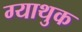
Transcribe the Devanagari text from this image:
ग्याथुक